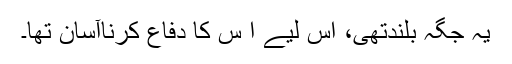
یہ جگہ بلندتھی، اس لیے ا س کا دفاع کرناآسان تھا۔